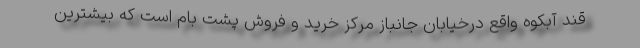
قند آبکوه واقع درخیابان جانباز مرکز خرید و فروش پشت بام است که بیشترین